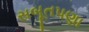
સબૂતપણા